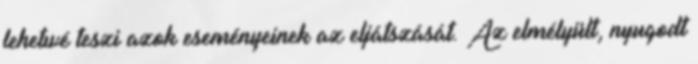
lehetıvé teszi azok eseményeinek az eljátszását. Az elmélyült, nyugodt